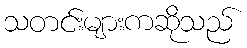
သတင်းများကဆိုသည်